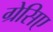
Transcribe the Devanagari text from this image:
ग्रेसिए